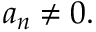
a _ { n } \neq 0 .